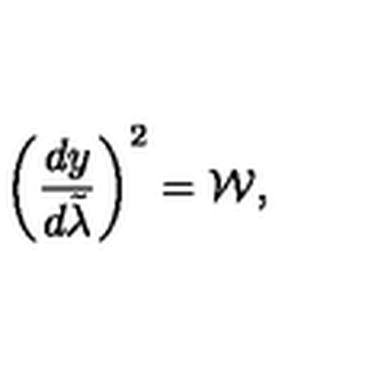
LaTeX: \left( { \frac { d y } { d \tilde { \lambda } } } \right) ^ { 2 } = { \cal W } ,